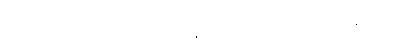
ဤတရားတို့ကို။ ပဟာယ၊ ပယ်စွန့်၍။ အလမရိယဉာဏဒဿနဝိသေသံ၊